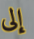
إلى